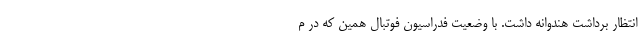
انتظار برداشت هندوانه داشت. با وضعیت فدراسیون فوتبال همین که در م